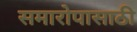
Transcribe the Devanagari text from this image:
समारोपासाठी